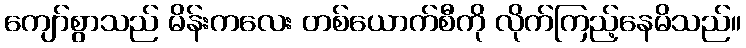
ကျော်စွာသည် မိန်းကလေး တစ်ယောက်စီကို လိုက်ကြည့်နေမိသည်။